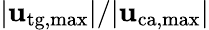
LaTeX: |\mathbf{u}_{\mathrm{{tg,max}}}|/|\mathbf{u}_{\mathrm{{ca,max}}}|